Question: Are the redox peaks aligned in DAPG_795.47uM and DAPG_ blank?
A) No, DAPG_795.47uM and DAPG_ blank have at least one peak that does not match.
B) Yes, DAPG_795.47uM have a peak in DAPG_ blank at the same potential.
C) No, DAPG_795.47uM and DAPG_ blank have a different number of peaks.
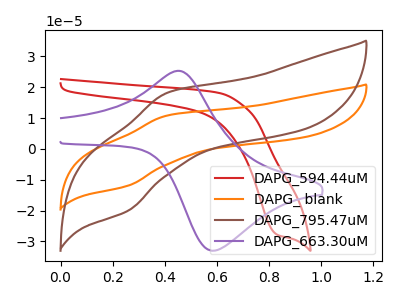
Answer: <think>The red curve "DAPG_594.44uM" has a cathodic peak at: (0.85V, -27.85uA). The orange curve "DAPG_ blank" has an anodic peak at (0.40V, 10.85uA) and a cathodic peak at (0.25V, -11.90uA). The brown curve "DAPG_795.47uM" has an anodic peak at (0.40V, 18.20uA) and a cathodic peak at (0.25V, -20.00uA). The purple curve "DAPG_663.30uM" has an anodic peak at (0.45V, 25.30uA) and a cathodic peak at (0.60V, -33.00uA).</think>
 <answer>B) Yes, "DAPG_795.47uM" have a peak in "DAPG_ blank" at the same potential.</answer>
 <eval>B</eval>